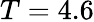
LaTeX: T=4.6